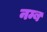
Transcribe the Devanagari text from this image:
नम्ब